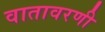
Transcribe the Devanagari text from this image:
वातावरणी